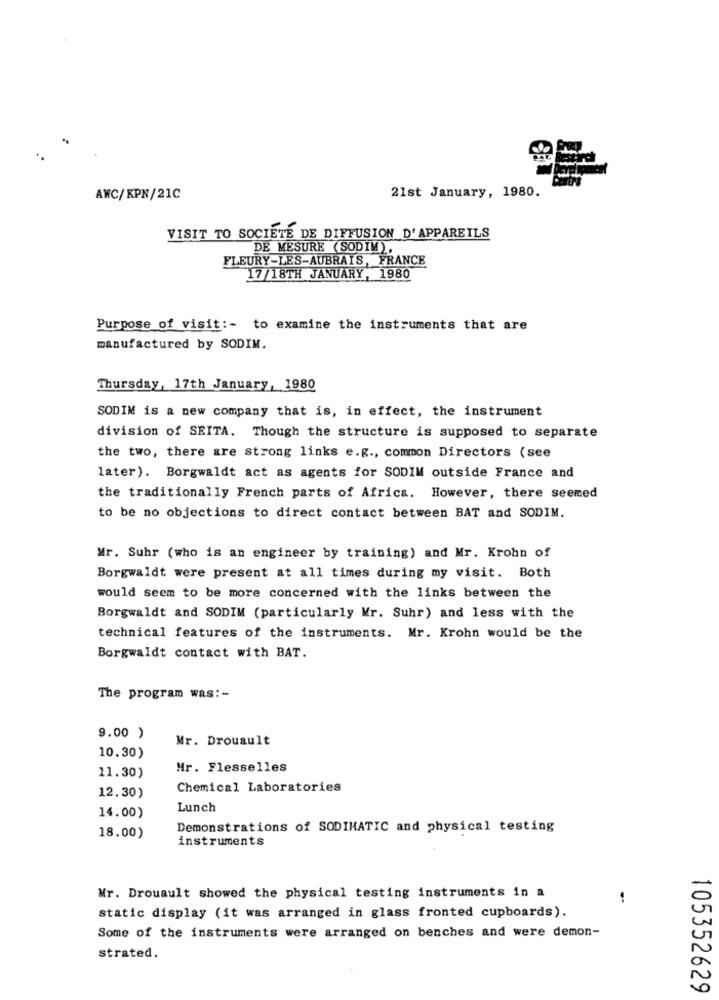
21st January, 1980.
AWC/KPN/21C
VISIT TO SOCIETE DE DIFFUSION D'APPAREILS
DE MESURE (SODIM).
FLEURY-LES-AUBRAIS, FRANCE
17/18TH JANUARY, 1980
Purpose of visit :- to examine the instruments that are
manufactured by SODIM.
Thursday, 17th January, 1980
SODIM is a new company that is, in effect, the instrument
division of SEITA. Though the structure is supposed to separate
the two, there are strong links e.g ., common Directors (see
later). Borgwaldt act as agents for SODIM outside France and
the traditionally French parts of Africa. However, there seemed
to be no objections to direct contact between BAT and SODIM.
Mr. Suhr (who is an engineer by training) and Mr. Krohn of
Borgwaldt were present at all times during my visit. Both
would seem to be more concerned with the links between the
Borgwaldt and SODIM (particularly Mr. Suhr) and less with the
technical features of the instruments. Mr. Krohn would be the
Borgwaldt contact with BAT.
The program was :-
9.00 )
Mr. Drouault
10.30)
Mr. Flesselles
11.30)
Chemical Laboratories
12.30)
Lunch
14.00)
Demonstrations of SODIMATIC and physical testing
18.00)
instruments
Mr. Drouault showed the physical testing instruments in a
static display (it was arranged in glass fronted cupboards).
Some of the instruments were arranged on benches and were demon-
strated.
105352629